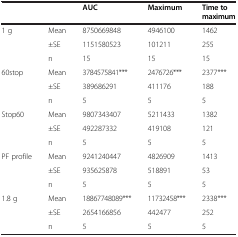
|  |  | AUC | Maximum | Time to maximum |
 | --- | --- | --- | --- | --- |
 | 1 g | Mean | 8750669848 | 4946100 | 1462 |
 |  | ±SE | 1151580523 | 101211 | 255 |
 |  | n | 15 | 15 | 15 |
 | 60stop | Mean | 3784575841*** | 2476726*** | 2377*** |
 |  | ±SE | 389686291 | 411176 | 188 |
 |  | n | 5 | 5 | 5 |
 | Stop60 | Mean | 9807343407 | 5211433 | 1382 |
 |  | ±SE | 492287332 | 419108 | 121 |
 |  | n | 5 | 5 | 5 |
 | PF profile | Mean | 9241240447 | 4826909 | 1413 |
 |  | ±SE | 935625878 | 518891 | 53 |
 |  | n | 5 | 5 | 5 |
 | 1.8 g | Mean | 18867748089*** | 11732458*** | 2338*** |
 |  | ±SE | 2654166856 | 442477 | 252 |
 |  | n | 5 | 5 | 5 |